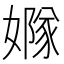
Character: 𡡦